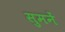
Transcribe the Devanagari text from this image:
सुमनें